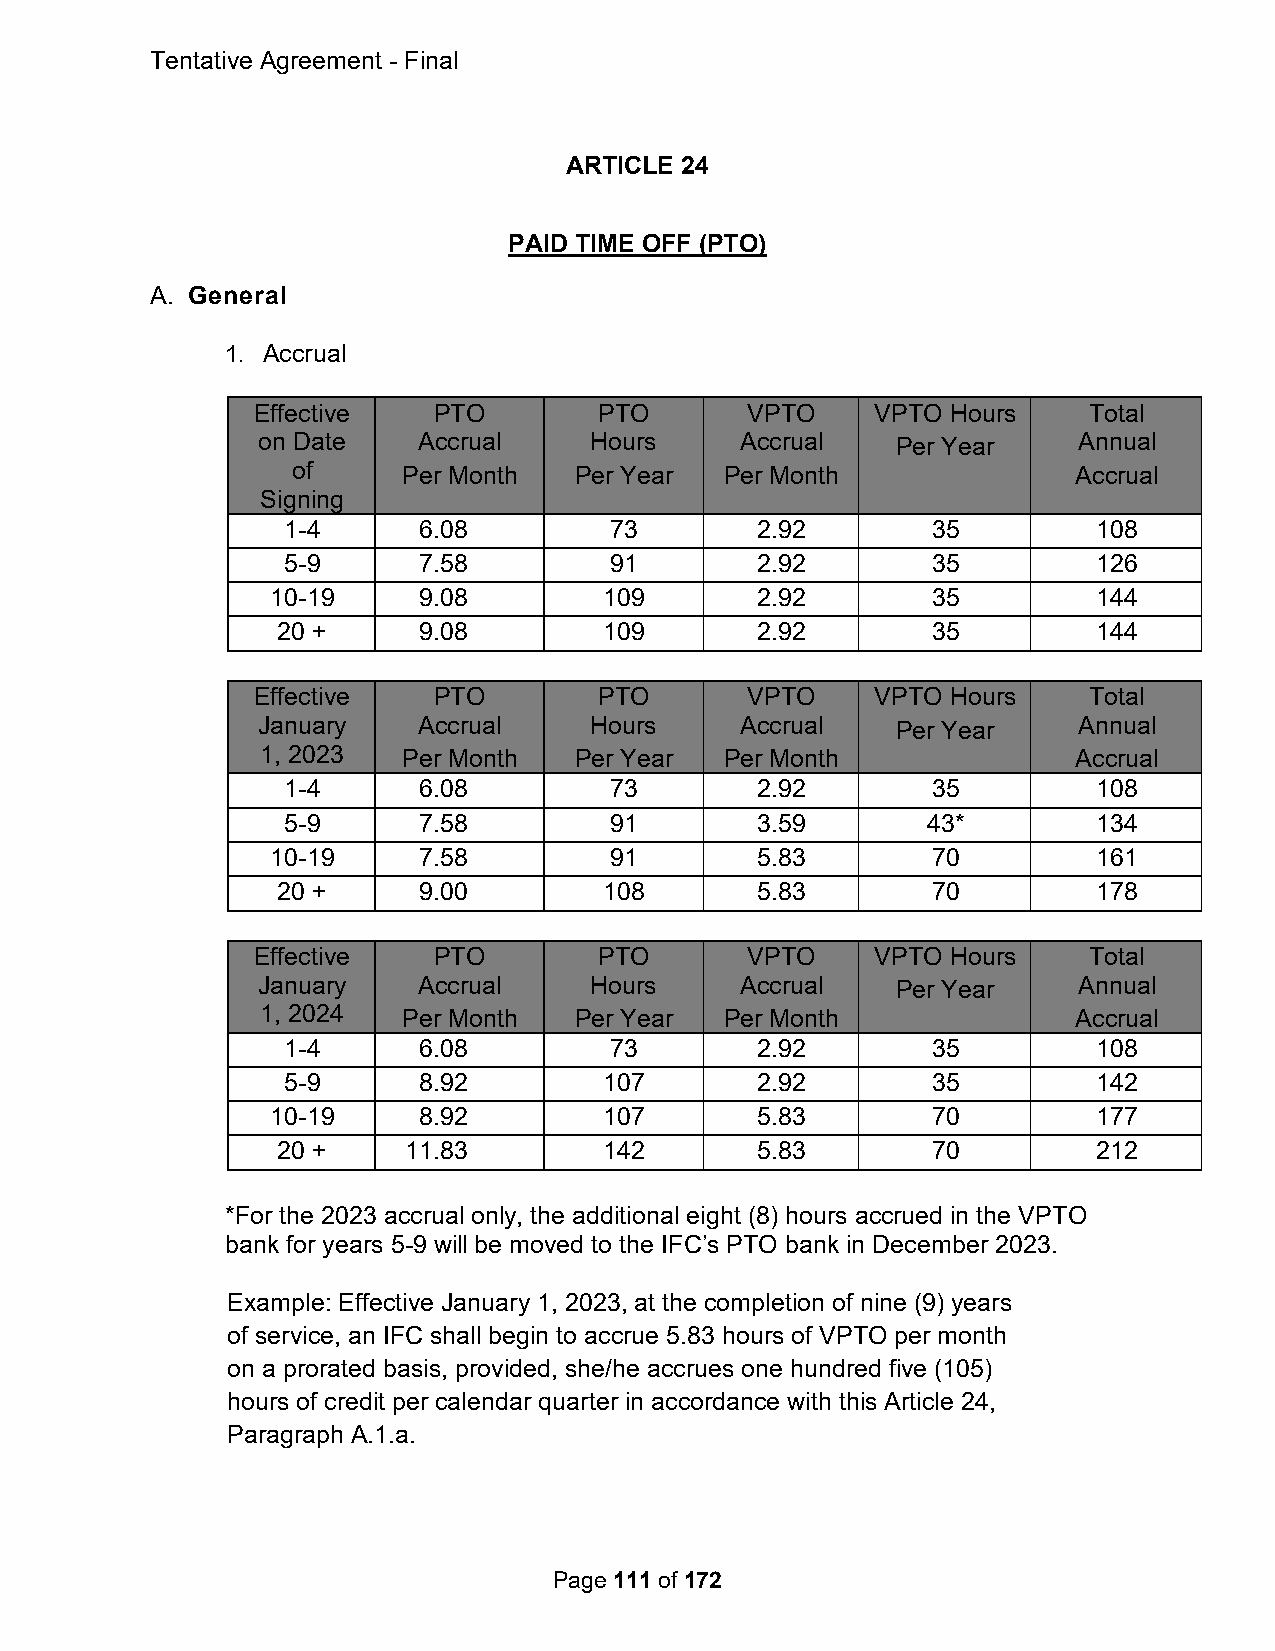
Tentative Agreement - Final
 ARTICLE 24
 PAID TIME OFF (PTO)
 A. General
 1. Accrual
 Effective   PTO        PTO      VPTO     VPTO Hours    Total
 on Date    Accrual    Hours     Accrual   Per Year    Annual
 of      Per Month  Per Year  Per Month              Accrual
 Signing
 1-4      6.08        73        2.92        35         108
 5-9      7.58        91        2.92        35         126
 10-19     9.08        109       2.92        35         144
 20 +      9.08        109       2.92        35         144
 Effective   PTO        PTO      VPTO     VPTO Hours    Total
 January    Accrual    Hours     Accrual   Per Year    Annual
 1, 2023   Per Month  Per Year  Per Month              Accrual
 1-4      6.08        73        2.92        35         108
 5-9      7.58        91        3.59       43*         134
 10-19     7.58        91        5.83        70         161
 20 +      9.00        108       5.83        70         178
 Effective   PTO        PTO      VPTO     VPTO Hours    Total
 January    Accrual    Hours     Accrual   Per Year    Annual
 1, 2024   Per Month  Per Year  Per Month              Accrual
 1-4      6.08        73        2.92        35         108
 5-9      8.92        107       2.92        35         142
 10-19     8.92        107       5.83        70         177
 20 +     11.83        142       5.83        70         212
 *For the 2023 accrual only, the additional eight (8) hours accrued in the VPTO
 bank for years 5-9 will be moved to the IFC’s PTO bank in December 2023.
 Example: Effective January 1, 2023, at the completion of nine (9) years
 of service, an IFC shall begin to accrue 5.83 hours of VPTO per month
 on a prorated basis, provided, she/he accrues one hundred five (105)
 hours of credit per calendar quarter in accordance with this Article 24,
 Paragraph A.1.a.
 Page 111 of 172